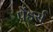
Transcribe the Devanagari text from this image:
पेंडर्स